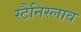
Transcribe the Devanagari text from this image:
स्टैनिस्लाव